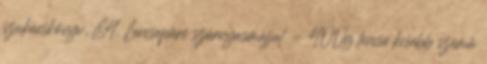
szakácskönyv, 84. Lencsepüré szárnyasmájjal. - 400g lencse kisebb szemű